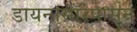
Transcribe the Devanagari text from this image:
डायनासॉरपासून